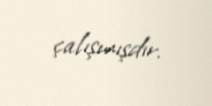
çalışmışdır.